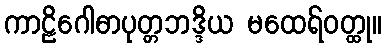
ကာဠိဂေါဓာပုတ္တဘဒ္ဒိယ မထေရ်ဝတ္ထု။